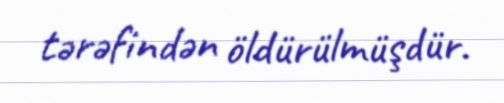
tərəfindən öldürülmüşdür.